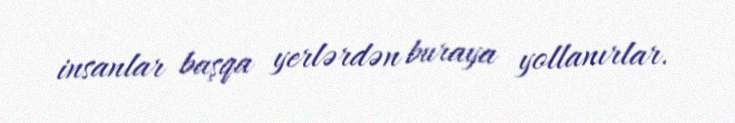
insanlar başqa yerlərdən buraya yollanırlar.